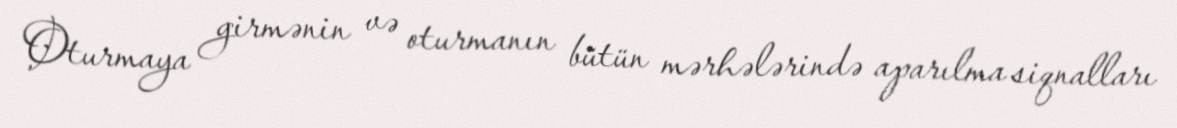
Oturmaya girmənin və oturmanın bütün mərhələrində aparılma siqnalları